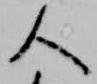
人